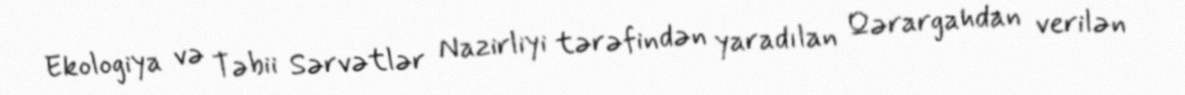
Ekologiya və Təbii Sərvətlər Nazirliyi tərəfindən yaradılan Qərargahdan verilən